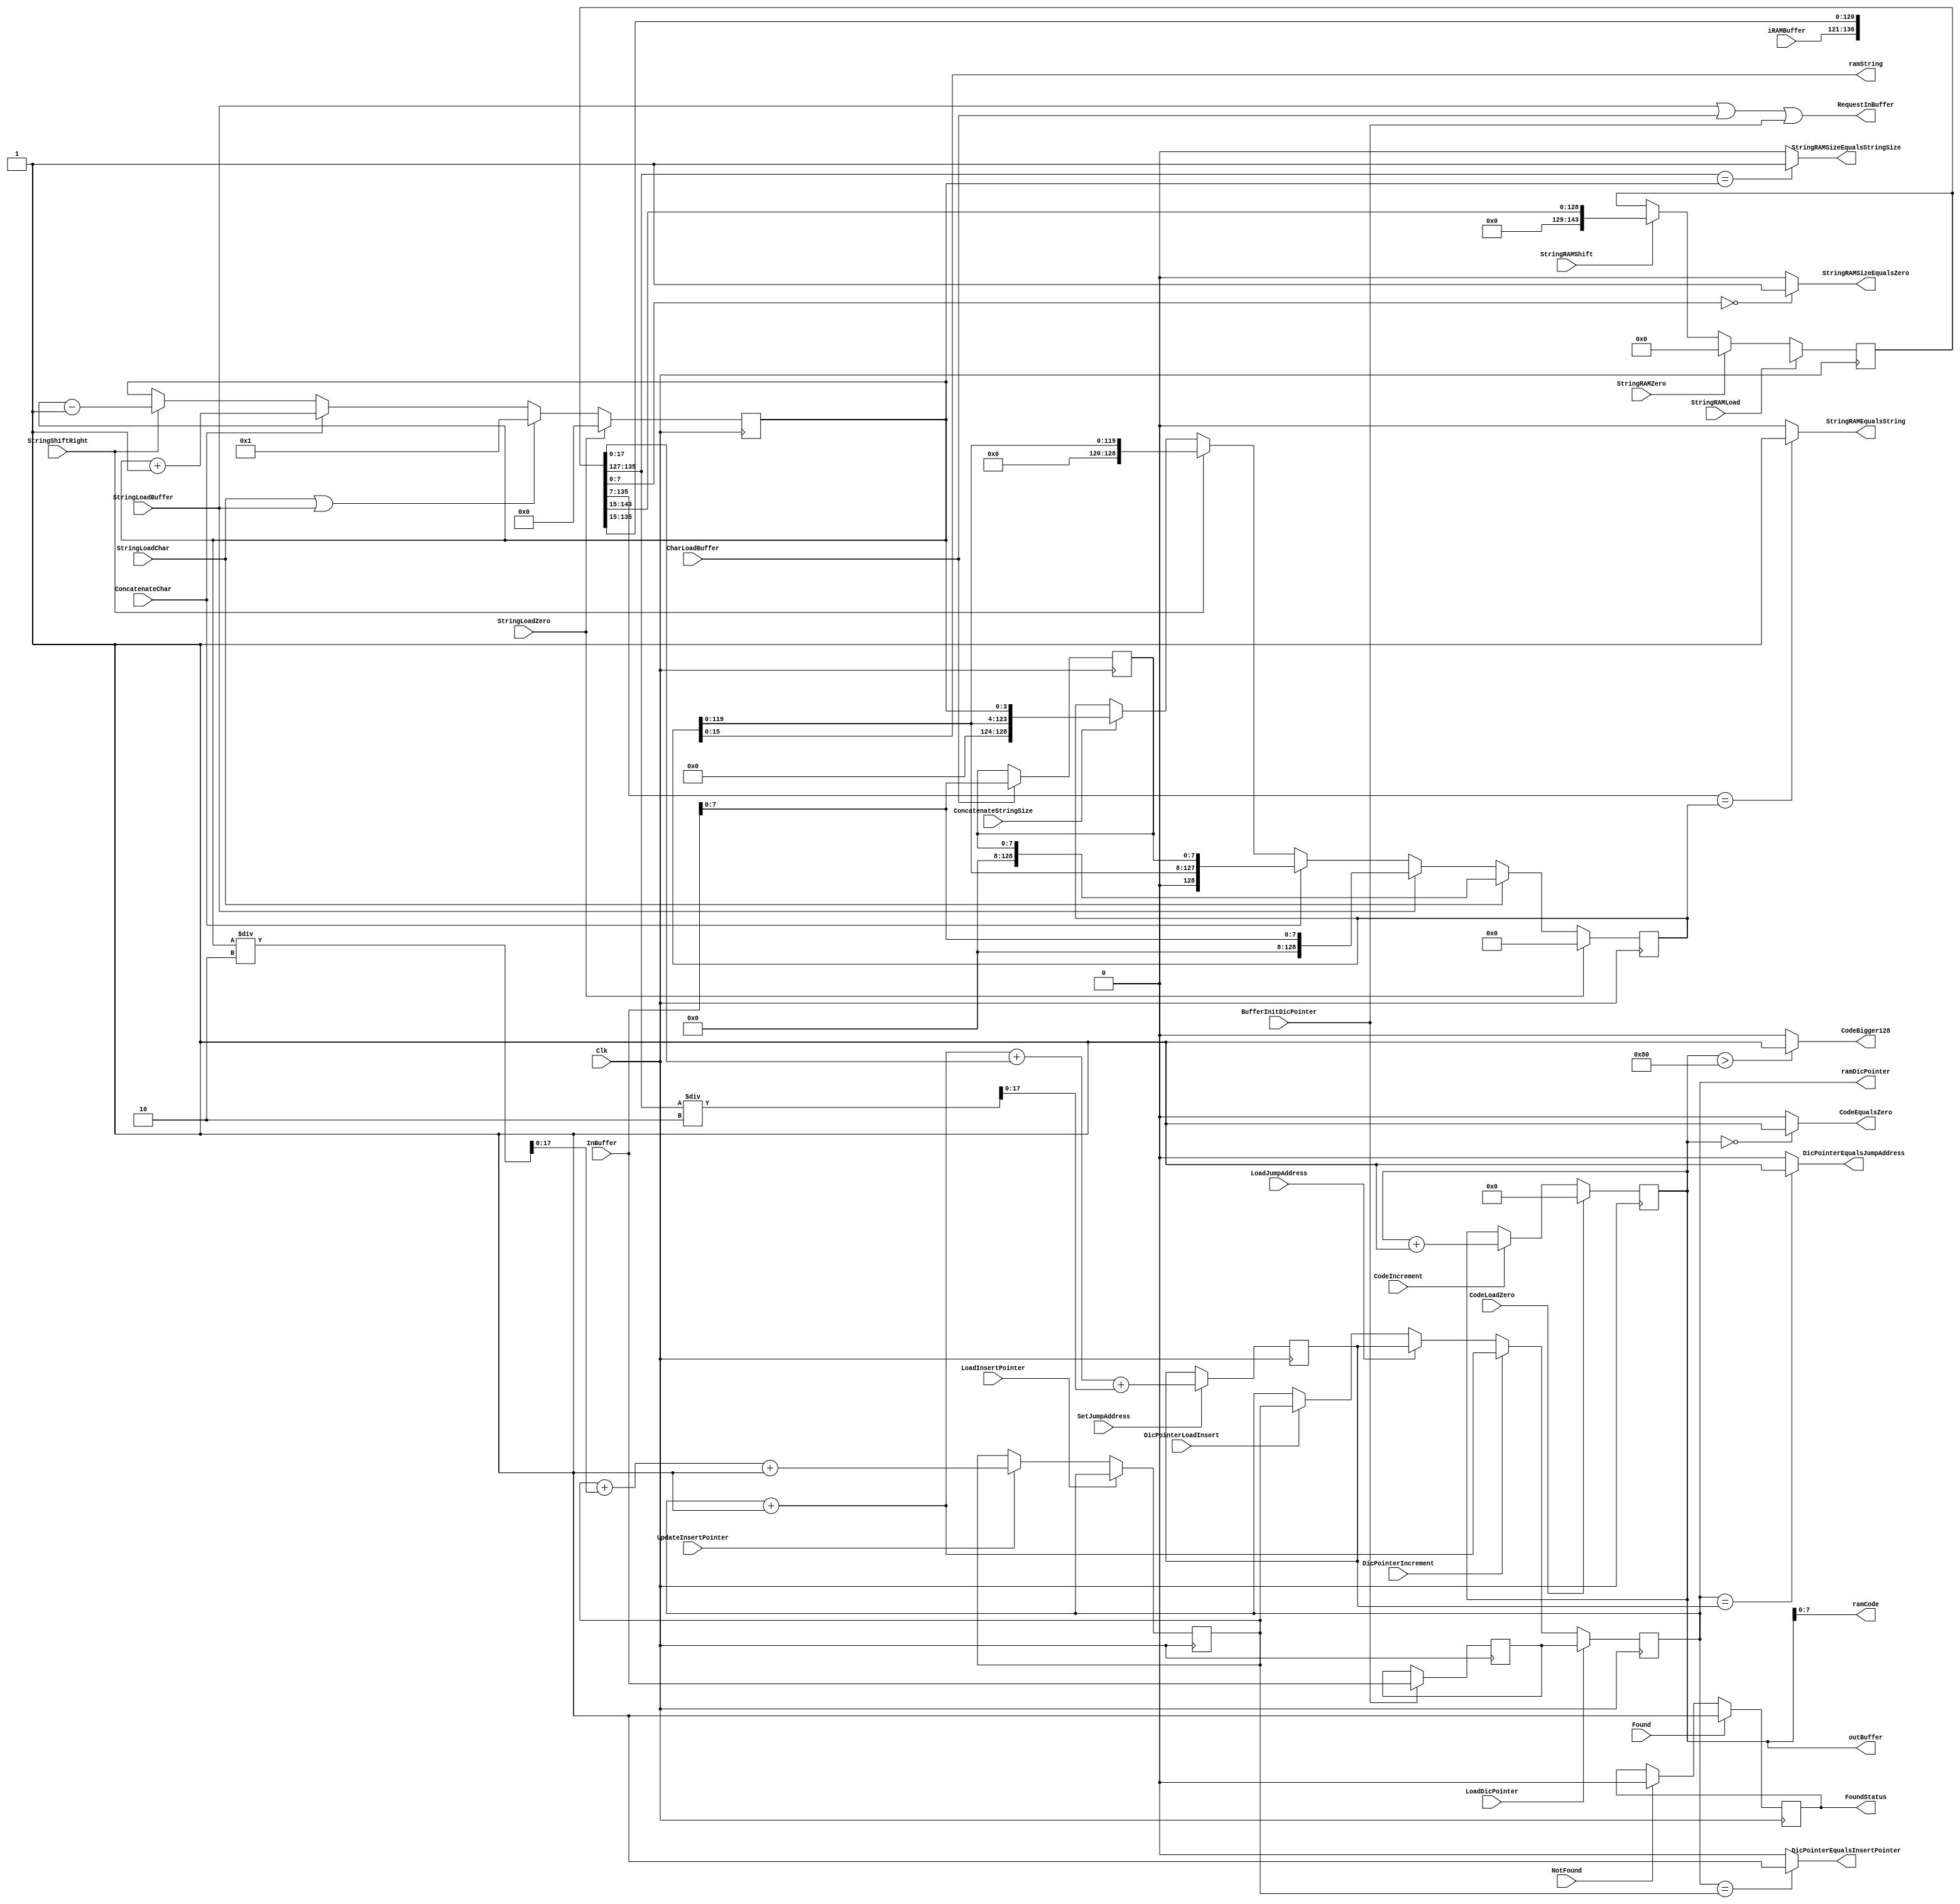
module Registers(
	input  wire 	   Clk,
	input  wire [17:0] InBuffer,
	input  wire [15:0] iRAMBuffer,
	output wire [11:0] outBuffer,
	output wire        RequestInBuffer,

// **************** Control for String *************************************
	input wire StringLoadZero,
	input wire StringLoadChar,
	input wire StringLoadBuffer,
	input wire ConcatenateChar,
	input wire StringShiftRight,
	input wire ConcatenateStringSize,

// **************** Control for Insert Pointer *************************
	input wire LoadInsertPointer,
	input wire UpdateInsertPointer,

// **************** Control for Code ***********************************
	input wire CodeLoadZero,
	input wire CodeIncrement,	 		
	
// **************** Control for Found **********************************
	input wire NotFound,
	input wire Found,

// **************** Control for Char ***********************************
	input wire CharLoadBuffer,

// **************** Control for Init Dictionary Pointer ****************
	input wire BufferInitDicPointer,

// **************** Control for Dictionary Pointer *********************
	input wire LoadDicPointer,
	input wire DicPointerIncrement,
	input wire LoadJumpAddress,
	input wire DicPointerLoadInsert,

// **************** Control for StringRAM ******************************
	input wire StringRAMLoad,
	input wire StringRAMZero,
	input wire StringRAMShift,

// **************** Control for Jumping Address ************************
	input wire SetJumpAddress,

// ****************** Jump conditions **********************************
	output wire	DicPointerEqualsInsertPointer,
	output wire	StringRAMSizeEqualsStringSize,
	output wire	DicPointerEqualsJumpAddress,
	output wire	StringRAMSizeEqualsZero,
	output wire	StringRAMEqualsString,
	output wire	CodeBigger128,
	output wire	CodeEqualsZero,
	output wire FoundStatus,
	
// ********************* Data to RAM ***********************************	
	output wire [7:0]  ramCode,
	output wire [15:0] ramString,
	output wire [17:0] ramDicPointer
);

//**********************************************************************
//**************************  Conditions *******************************
//**********************************************************************
assign DicPointerEqualsInsertPointer 	= (DicPointer == InsertPointer)? 1'b1:1'b0;
assign StringRAMSizeEqualsStringSize 	= (StringRAM[135:127] == StringSize)? 1'b1:1'b0;
assign DicPointerEqualsJumpAddress	  	= (DicPointer == JumpAddress)? 1'b1:1'b0;	
assign StringRAMSizeEqualsZero	  		= (StringRAM[7:0] == 0)? 1'b1:1'b0;
assign StringRAMEqualsString		  	= (StringRAM[135:7] == String)? 1'b1:1'b0;
assign CodeBigger128				  	= (Code > 12'd128)? 1'b1:1'b0;
assign CodeEqualsZero				  	= (Code == 0)? 1'b1:1'b0;
assign FoundStatus                      = FoundRegister;

//**********************************************************************
//*************************   Data to RAM  *****************************
//**********************************************************************

assign ramCode       = Code[7:0];
assign ramString     = String[15:0];
assign ramDicPointer = DicPointer;

//**********************************************************************
//***********************   Data to Buffer  ****************************
//**********************************************************************

assign outBuffer        = Code;
assign RequestInBuffer  = StringLoadBuffer | CharLoadBuffer | BufferInitDicPointer;

//**********************************************************************
//**************************  Registers *******************************
//**********************************************************************
reg [17:0]  JumpAddress;
reg	[143:0] StringRAM;
reg	[17:0]  DicPointer;
reg	[17:0]  InitDicPointer;
reg	[7:0]   Char;
reg         FoundRegister;
reg	[11:0]  Code;
reg	[17:0]  InsertPointer;
reg	[3:0] 	StringSize;
reg	[128:0] String;

// *************** String Size manage **********************************
always@(posedge Clk)
begin
	if(StringLoadZero)	
	begin
		StringSize = 4'b0;	
	end
	else if (StringLoadChar || StringLoadBuffer)
	begin
		StringSize = 4'd1;	
	end
	else if (ConcatenateChar)
	begin
		StringSize = StringSize+1;
	end
	else if (StringShiftRight)
	begin
		StringSize = StringSize-1;
	end	

end
//**********************************************************************


// *************** String manage ***************************************
always@(posedge Clk)
begin
	if(StringLoadZero)	
	begin
		String = 128'b0;	
	end
	
	else if (StringLoadChar)
	begin
		String = {120'b0,Char};	
	end
	
	else if (StringLoadBuffer)
	begin
		String = {120'b0, InBuffer[7:0]};	
	end
	
	else if (ConcatenateChar)
	begin
		String = {String[119:0],Char};
	end
	
	else if (StringShiftRight)
	begin
		String = {8'b0,String[119:0]};
	end	
	
	else if (ConcatenateStringSize)
	begin
		String = {String[119:0],StringSize};
	end	

end
//**********************************************************************

// *************** Insert Pointer manage *******************************
always@(posedge Clk)
begin
	if(LoadInsertPointer)	
	begin
		InsertPointer = DicPointer;	
	end
	
	else if (UpdateInsertPointer)
	begin
		InsertPointer = InsertPointer+ StringSize/2 +1;	
	end
end
//**********************************************************************

// *************** Code Manage 	****************************************
always@(posedge Clk)
begin
	if(CodeLoadZero)	
	begin
		Code = 12'b0;	
	end
	
	else if (CodeIncrement)
	begin
		Code = Code +1;	
	end
end
//**********************************************************************


// *************** Found Manage 	************************************
always@(posedge Clk)
begin
	if(Found)	
	begin
		FoundRegister = 1'b1;	
	end
	
	else if (NotFound)
	begin
		FoundRegister =  1'b0;	
	end
end
//**********************************************************************

// *************** Char Manage 	****************************************
always@(posedge Clk)
begin
	if(CharLoadBuffer)	
	begin
		Char = InBuffer[7:0];	
	end
end
//**********************************************************************

// *************** Init Dictionary Pointer Manage 	********************
always@(posedge Clk)
begin
	if(BufferInitDicPointer)	
	begin
		InitDicPointer = InBuffer;	
	end
end
//**********************************************************************

// *************** Dictionary Pointer Manager **************************
always@(posedge Clk)
begin
	if(LoadDicPointer)	
	begin
		DicPointer = InitDicPointer;	
	end
	
	else if (DicPointerIncrement)
	begin
		DicPointer = DicPointer + 1;	
	end
	
	else if (LoadJumpAddress)
	begin
		DicPointer = JumpAddress;	
	end
	else if (DicPointerLoadInsert)
		DicPointer = InsertPointer;
end
//**********************************************************************

// *************** Jump Address Manage 	********************************
always@(posedge Clk)
begin
	if(SetJumpAddress)	
	begin
		JumpAddress = DicPointer + 1 + StringRAM + StringRAM[135:127]/2;	
	end
end
//**********************************************************************

// *************** StringRAM Manager ***********************************
always@(posedge Clk)
begin
	if(StringRAMLoad)	
	begin
		StringRAM = {iRAMBuffer[17:0],StringRAM[135:15]};	
	end
	
	else if (StringRAMZero)
	begin
		StringRAM = 144'b0;	
	end
	
	else if (StringRAMShift)
	begin
		StringRAM = {16'b0,StringRAM[143:15]};	
	end
end
//**********************************************************************


endmodule